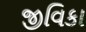
જીવિકા